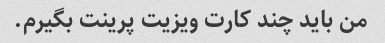
من باید چند کارت ویزیت پرینت بگیرم.